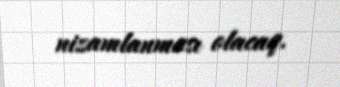
nizamlanması olacaq.